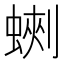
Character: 𧎈